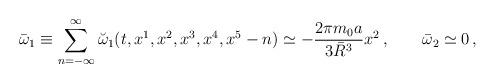
LaTeX: \begin{align*}\bar{\omega}_{1} \equiv \sum_{n=-\infty}^{\infty}\breve{\omega}_{1}(t,x^1,x^2,x^3,x^4,x^5-n) \simeq - {2 \pi m_0 a\over 3\bar{R}^3} x^2\, , \qquad\bar{\omega}_2 \simeq 0 \, ,\end{align*}